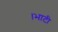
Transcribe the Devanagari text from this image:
।भाटी